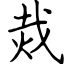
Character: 烖